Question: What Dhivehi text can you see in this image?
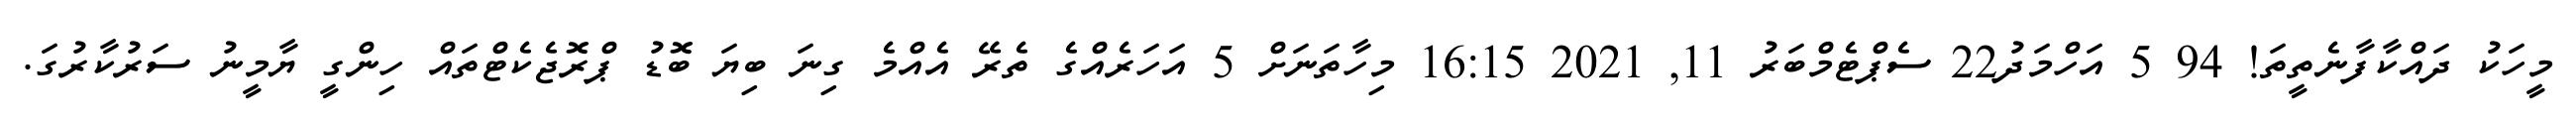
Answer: މީހަކު ދައްކާފާނެތީތަ! 94 5 އަހްމަދު22 ސެޕްޓެމްބަރު 11, 2021 16:15 މިހާތަނަށް 5 އަހަރެއްގެ ތެރޭ އެއްމެ ގިނަ ބިޔަ ބޮޑު ޕްރޮޖެކެޓްތައް ހިންގީ ޔާމީނު ސަރުކާރުގަ.